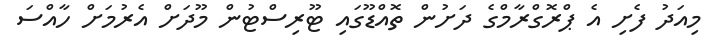
މިއަދު ފެށި އެ ޕްރޮގްރާމްގެ ދަށުން ތޮއްޑޫގައި ޓޫރިސްޓުން މޫދަށް އެރުމަށް ހާއްސަ